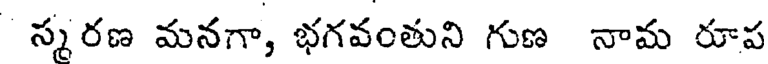
స్మరణ మనగా, భగవంతుని గుణ నామ రూప